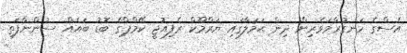
އެސްގެ ހަނގުރާމަވެރިން ދިން ޙަމަލާގައި ޔަރްމޫކް ރެފިއުޖީ ކޭމްޕްގެ ބޮޑު ބައެއް ސުންނާފަތި